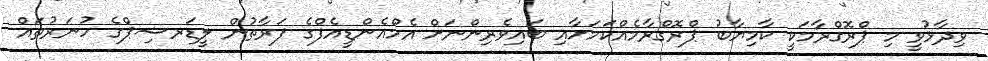
ވިދާޅުވީ މި ޕްރޮގްރާމަކީ ކާމިޔާބު ޕްރޮގްރާމެއްކަމަށާއި ބައިވެރިންނަށް އެމްއެންޑީއެފްގެ ފަރާތުން ލީޑަރޝިޕްގެ ހުނަރުތައް